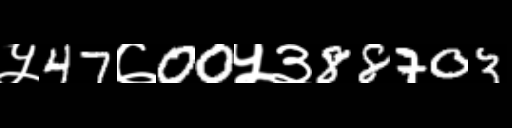
Text: ५47७00५३88703